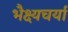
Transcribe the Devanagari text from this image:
भैक्ष्यचर्या